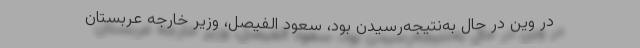
در وین در حال به‌نتیجه‌رسیدن بود، سعود الفیصل، وزیر خارجه عربستان